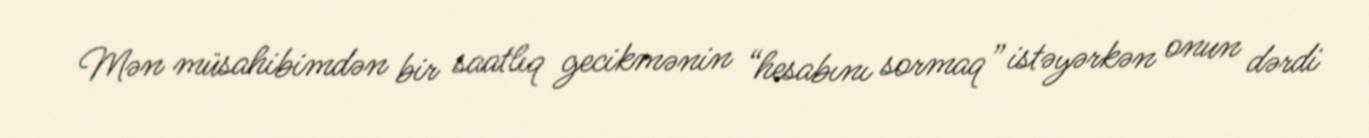
Mən müsahibimdən bir saatlıq gecikmənin “hesabını sormaq” istəyərkən onun dərdi